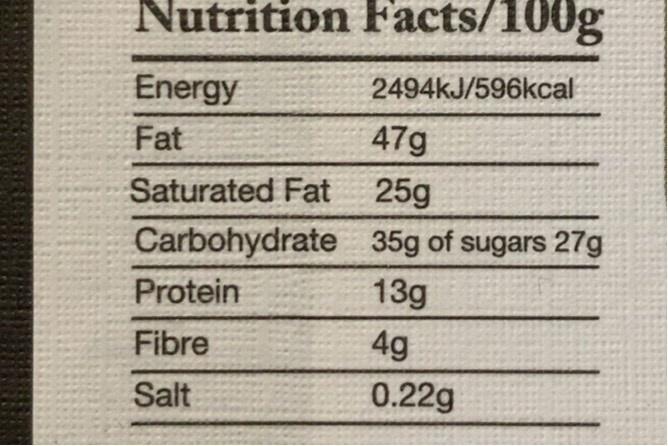
Nutrition Facts/100g
Energy
2494kJ/596kcal
Fat
47g
Saturated Fat 25g
Carbohydrate 35g of sugars 27g
Protein
13g
Fibre
4g
Salt
0.22g